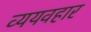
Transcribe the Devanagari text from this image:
व्ययवहार